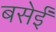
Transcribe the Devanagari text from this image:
बसेईं